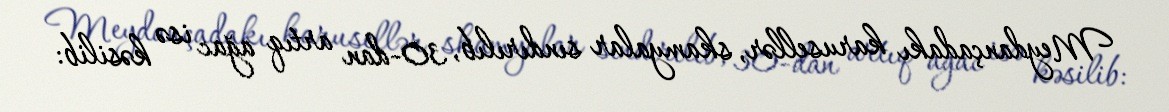
Meydançadakı karusellər, skamyalar sındırılıb, 30-dan artıq ağac isə kəsilib: